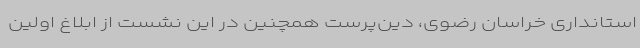
استانداری خراسان رضوی، دین‌پرست همچنین در این نشست از ابلاغ اولین